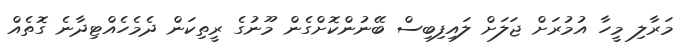
މަރާލި މީހާ އުމުރަށް ޖަލަށް ލައިފިބިސް ބޭނުންކޮށްގެން މޫނުގެ ރީތިކަން ދެމެހެއްޓިދާނެ ގޮތެއް